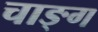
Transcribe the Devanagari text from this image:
चाङ्ग